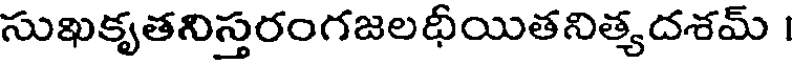
సుఖకృతనిస్తరంగజలధీయితనిత్యదశమ్